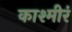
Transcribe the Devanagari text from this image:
काश्मीरं